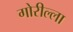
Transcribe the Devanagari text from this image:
गोरील्ला